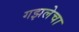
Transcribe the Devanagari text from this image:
गझलेचा